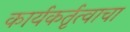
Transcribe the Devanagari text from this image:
कार्यकर्तृत्वाचा